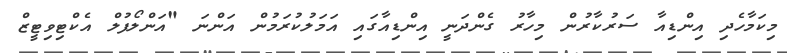
މިކަމާހެދި އިންޑިއާ ސަރުކާރުން މިހާރު ގެންދަނީ އިންޑިއާގައި އަމަލުކުރަމުން އަންނަ "އަންލޯފުލް އެކްޓިވިޓީޒް